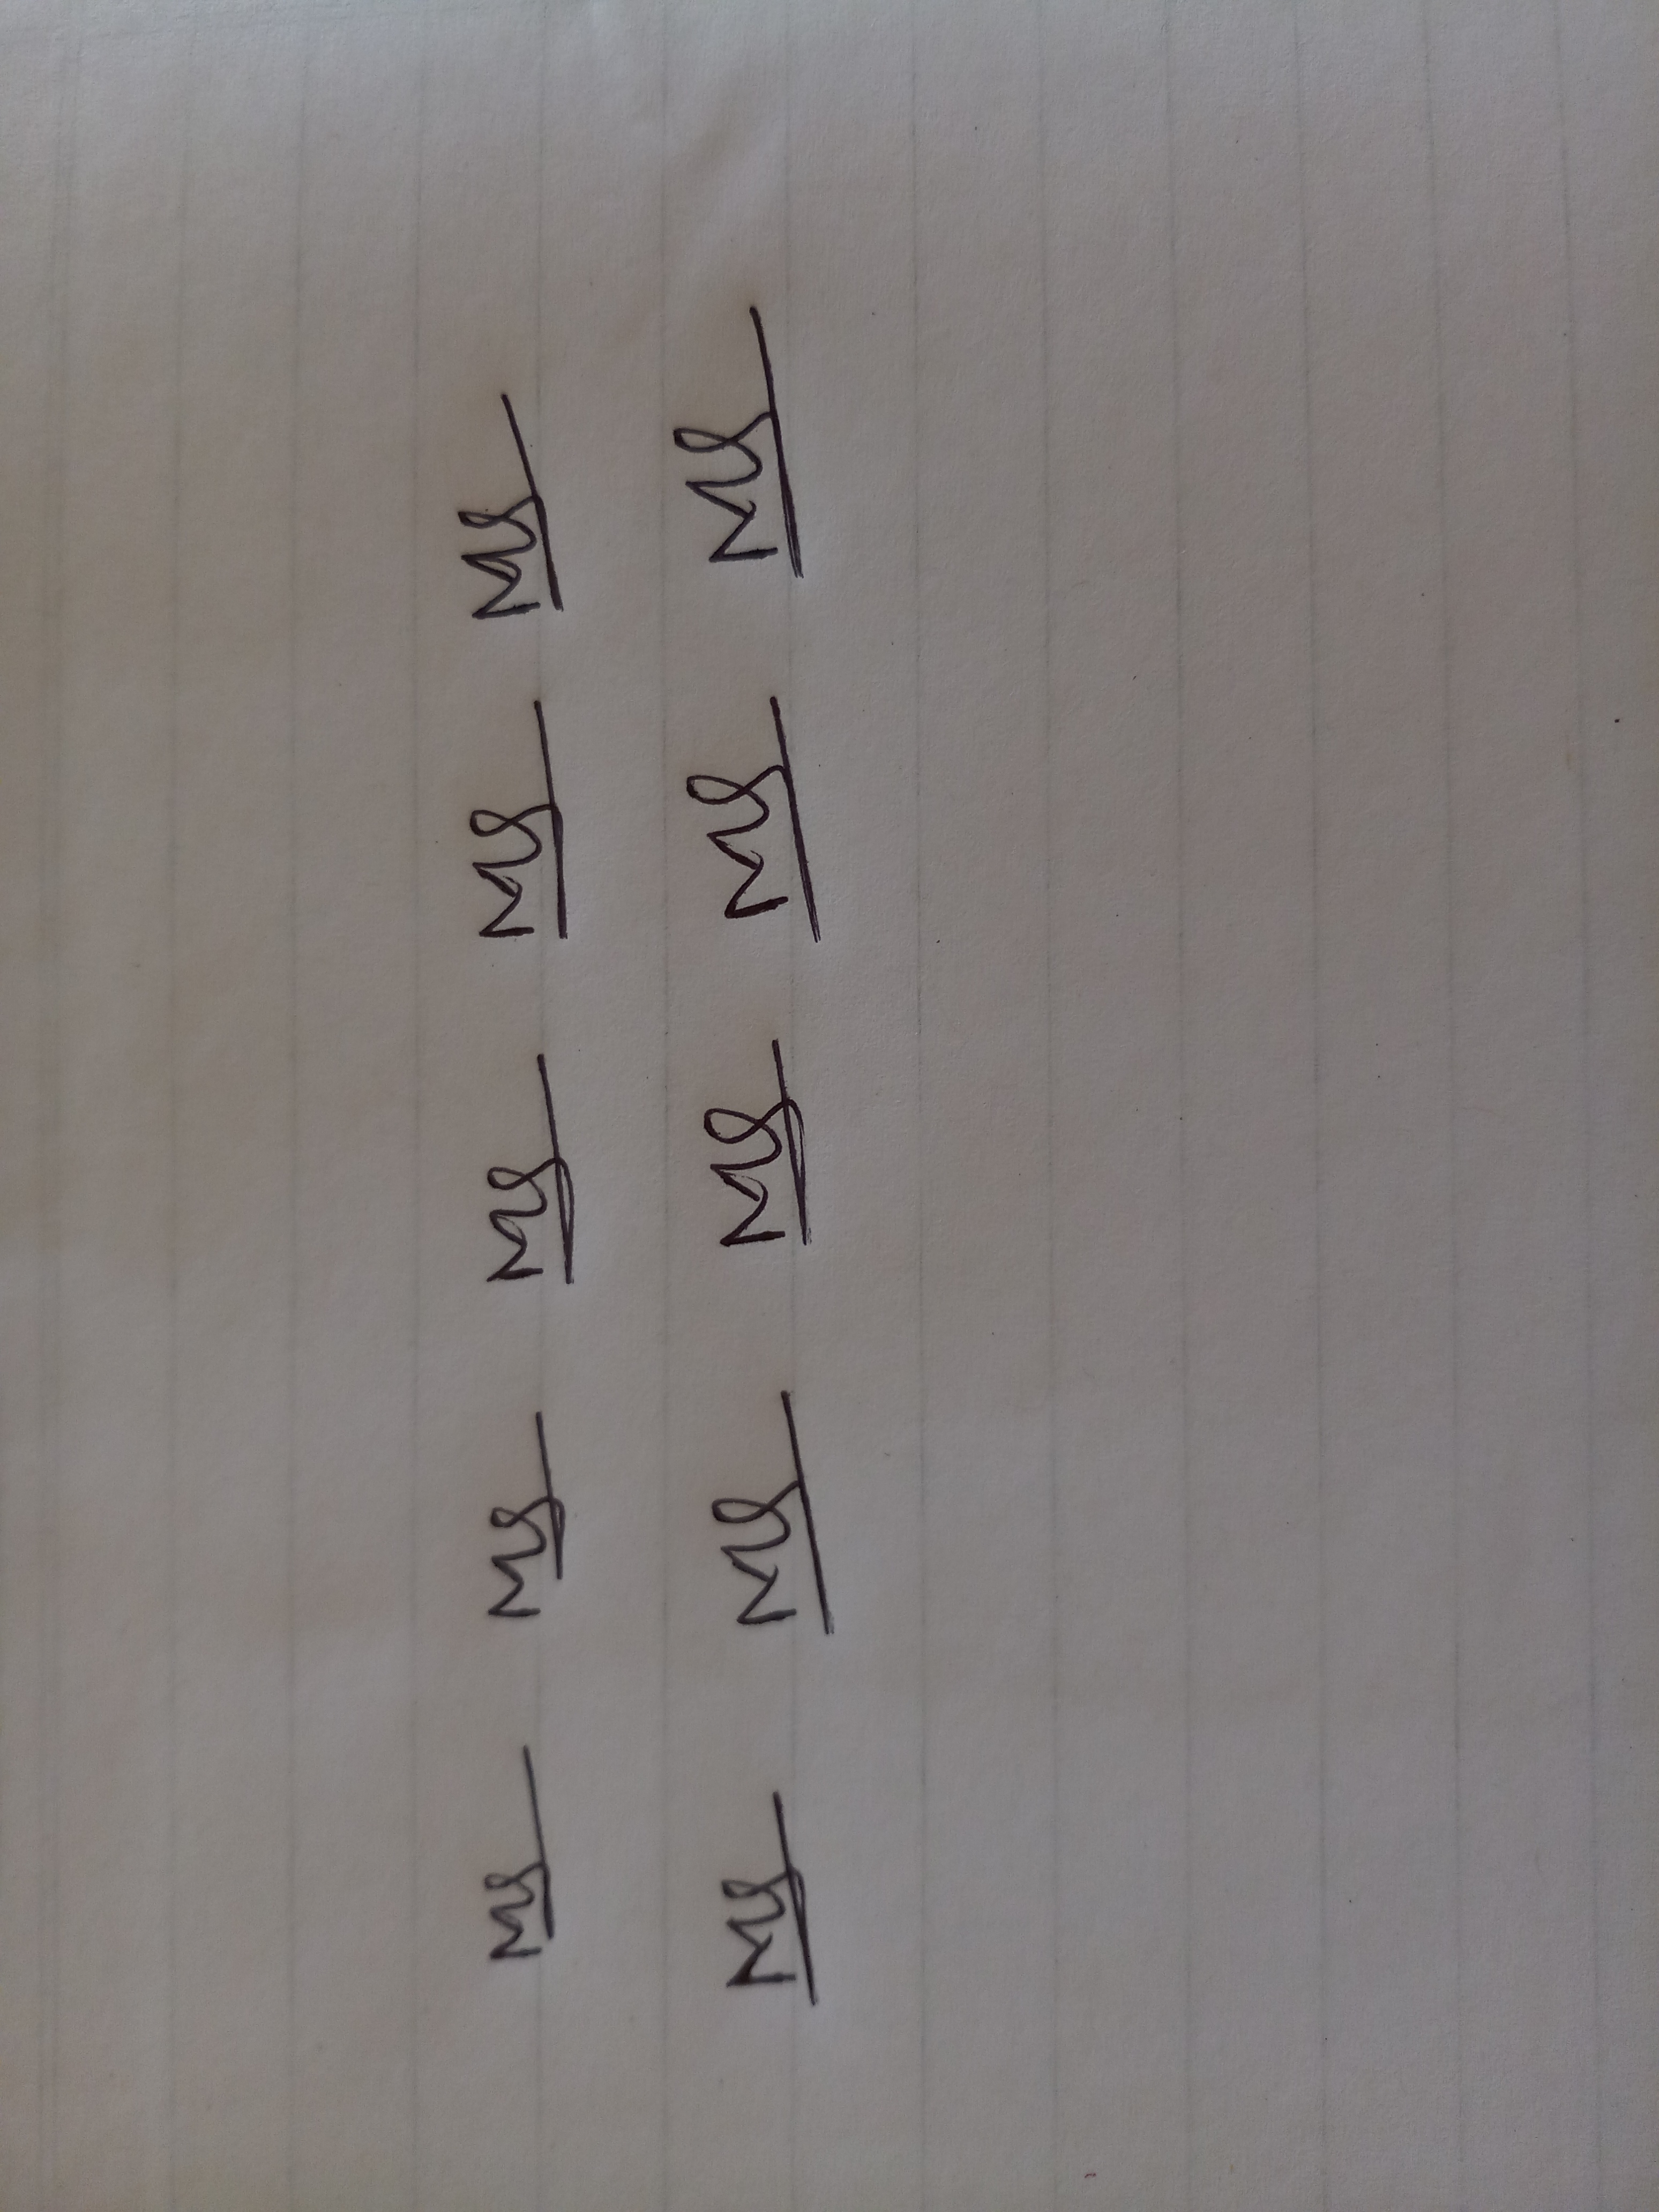
Signature authenticity: genuine